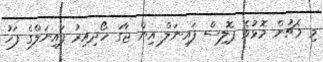
މި މެޗުން މޮޅުވެ ޕޮލިސް ފައިނަލް އިން ޖާގަ ހޯދިއިރު ފައިނަލްގެ ފަހު